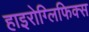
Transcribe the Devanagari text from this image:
हाइरोग्लिफिक्स